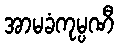
အာမခံကုမ္ပဏီ